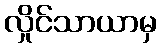
လှိုင်သာယာမှ